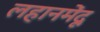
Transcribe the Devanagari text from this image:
लहानमेंदू